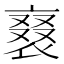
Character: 𧚰